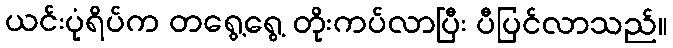
ယင်းပုံရိပ်က တရွေ့ရွေ့ တိုးကပ်လာပြီး ပီပြင်လာသည်။